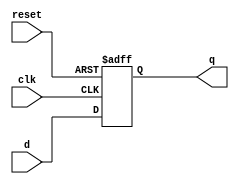
`timescale 1ns / 1ps
//////////////////////////////////////////////////////////////////////////////////
// Company: 
// Engineer: 
// 
// Design Name: 
// Module Name:    d_ff_reset 
// Project Name: 
// Target Devices: 
// Tool versions: 
// Description: 
//
// Dependencies: 
//
// Revision: 
// Revision 0.01 - File Created
// Additional Comments: 
//
//////////////////////////////////////////////////////////////////////////////////
  module d_ff_reset
   (
     input wire clk, reset ,
     input wire d ,
     output reg q
   );
   // body
   always @(posedge clk, posedge reset )
    if ( reset ) 
      q <= 1'b0;
    else
      q <= d ;
  endmodule